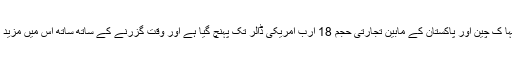
انہوں نے کہا ک چین اور پاکستان کے مابین تجارتی حجم 18 ارب امریکی ڈالر تک پہنچ گیا ہے اور وقت گزرنے کے ساتھ ساتھ اس میں مزید اضافہ ہوگا۔